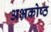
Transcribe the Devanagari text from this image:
अभ्रकोष्ठ